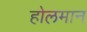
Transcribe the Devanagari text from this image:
होलमान